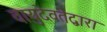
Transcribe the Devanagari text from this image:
वायुदेवतेद्वारा